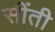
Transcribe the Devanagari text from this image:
सींती